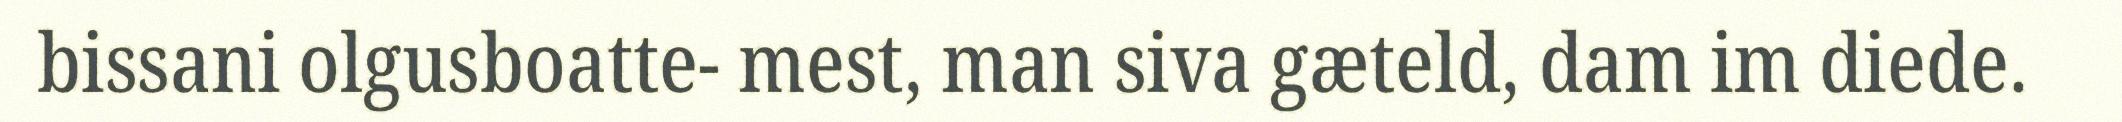
bissani olgusboatte- mest, man siva gæteld, dam im diede.